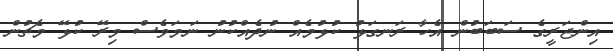
އިންޖަރީގެ ސަބަބުން އެހާ ރަނގަޅު ކުޅުމެއް ނުދެއްކުނު ނަމަވެސް މިރޭ ކުޅޭ މެޗުން